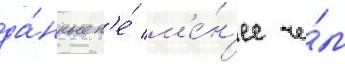
да́нные н'е́ м'е́н'ее че́м